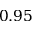
0 . 9 5